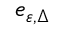
e _ { \varepsilon , \Delta }